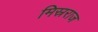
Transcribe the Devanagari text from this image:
मिस्रराज